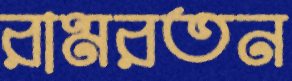
রামরতন